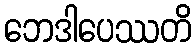
ဘေဒါပေဿတိ